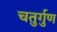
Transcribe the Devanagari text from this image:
चतुर्गुण